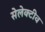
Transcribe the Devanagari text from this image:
सेलेक्टीव